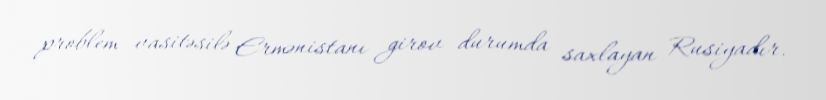
problem vasitəsilə Ermənistanı girov durumda saxlayan Rusiyadır.